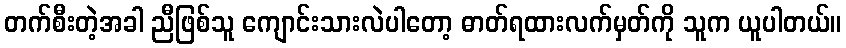
တက်စီးတဲ့အခါ ညီဖြစ်သူ ကျောင်းသားလဲပါတော့ ဓာတ်ရထားလက်မှတ်ကို သူက ယူပါတယ်။